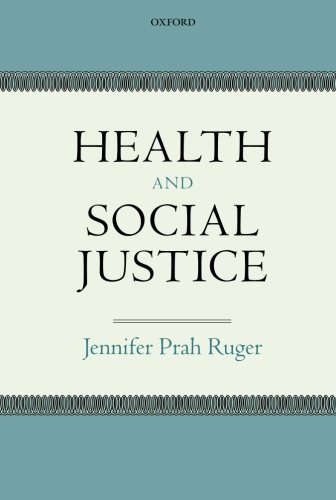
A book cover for Health and Social Justice; Jennifer Prah Ruger; Medical Books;